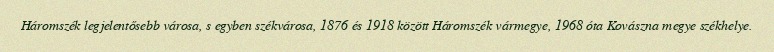
Háromszék legjelentősebb városa, s egyben székvárosa, 1876 és 1918 között Háromszék vármegye, 1968 óta Kovászna megye székhelye.